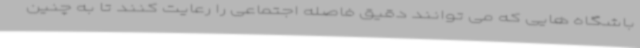
باشگاه هایی که می توانند دقیق فاصله اجتماعی را رعایت کنند تا به چنین